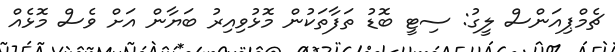
ޗެމްޕިއަންސް ލީގު: ސިޓީ ބޮޑު ތަފާތަކުން މޮޅުވިއިރު ބަޔާން އަށް ވެސް މޮޅެއް